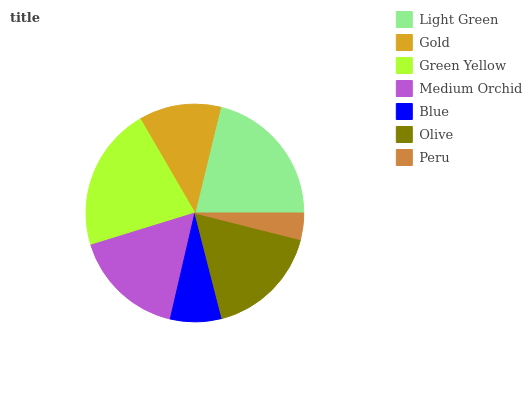
| Light Green | Gold | Green Yellow | Medium Orchid | Blue | Olive | Peru |
 | --- | --- | --- | --- | --- | --- | --- |
 | 21.2% | 12.2% | 21.4% | 16.6% | 7.64% | 17.1% | 3.94% |